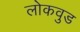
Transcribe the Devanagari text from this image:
लोकवुड